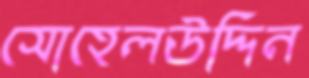
সোহেলউদ্দিন